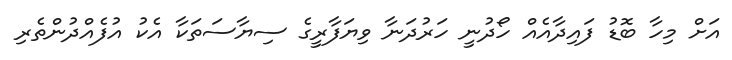
އަށް މިހާ ބޮޑު ފައިދާއެއް ހޯދުނީ ހަރުދަނާ ވިޔަފާރީގެ ސިޔާސަތަކާ އެކު އުފެއްދުންތެރި